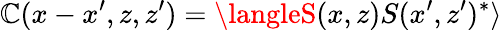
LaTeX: \mathbb{C}(x-x^{\prime},z,z^{\prime})=\langleS(x,z)S(x^{\prime},z^{\prime})^{\ast}\rangle